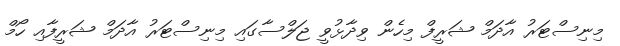
މިނިސްޓަރު އާދަމް ޝަރީފް މިހެން ވިދާޅުވީ ޖަލްސާގައި މިނިސްޓަރު އާދަމް ޝަރީފާއި ހޯމް